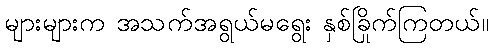
များများက အသက်အရွယ်မရွေး နှစ်ခြိုက်ကြတယ်။